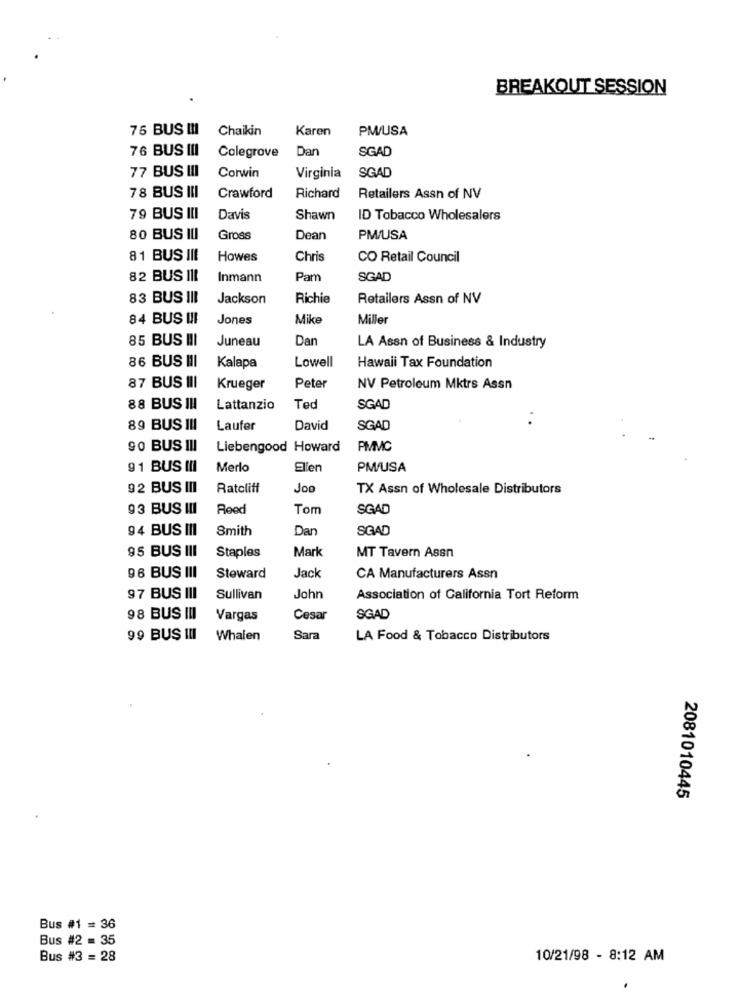
BREAKOUT SESSION
75 BUS !!!
Chaikin
Karen
PMW/USA
76 BUS III
Colegrove
Dan
SGAD
77 BUS III
Corwin
Virginia
SGAD
78 BUS III
Crawford
Richard
Retailers Assn of NV
79 BUS III
Davis
Shawn
ID Tobacco Wholesalers
80 BUS III
Gross
Dean
PM/USA
81 BUS III
Howes
Chris
CO Retail Council
82 BUS III
Inmann
Pam
SGAD
83 BUS III
Jackson
Richie
Retailers Assn of NV
84 BUS !!!
Jones
Mike
Miller
85 BUS III
Juneau
Dan
LA Assn of Business & Industry
86 BUS III
Lowell
Kalapa
Hawaii Tax Foundation
87 BUS III
Krueger
Peter
NV Petroleum Mktrs Assn
88 BUS IN
Lattanzio
Ted
SGAD
89 BUS III
Laufer
David
SGAD
90 BUS III
Liebengood Howard
PIMMC
91 BUS III
Merlo
Ellen
PM/USA
92 BUS III
Ratcliff
Jo
TX Assn of Wholesale Distributors
93 BUS III
Reed
Tom
SGAD
94 BUS III
Smith
Dan
SGAD
95 BUS III
Mark
Staples
MT Tavern Assn
96 BUS III
Jack
Steward
CA Manufacturers Assn
97 BUS III
Sullivan
John
Association of California Tort Reform
98 BUS III
Vargas
Cesar
SGAD
99 BUS III
Whalen
Sara
LA Food & Tobacco Distributors
2081010445
Bus #1 = 36
Bus #2 = 35
Bus #3 = 28
10/21/98 - 8:12 AM